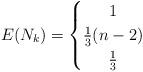
LaTeX: \begin{align*} E(N_k)= \left\{\def\arraystretch{1.2} \begin{array}{@{}c@{\quad}l@{}} 1 & \\ \frac13(n-2) & \\ \frac13 & \\ \end{array}\right.\end{align*}